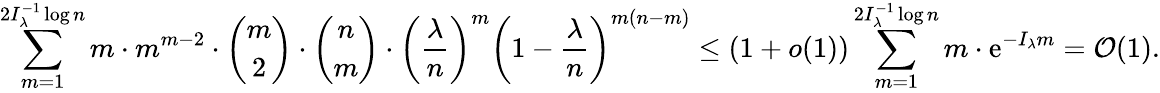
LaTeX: \sum_{m=1}^{2I_{\lambda}^{-1}\log n}m\cdot m^{m-2}\cdot\binom{m}{2}\cdot\binom{n}{m}\cdot\left(\frac{\lambda}{n}\right)^{m}\left(1-\frac{\lambda}{n}\right)^{m(n-m)}\le(1+o(1))\sum_{m=1}^{2I_{\lambda}^{-1}\log n}m\cdot\mathrm{e}^{-I_{\lambda}m}=\mathcal{O}(1).